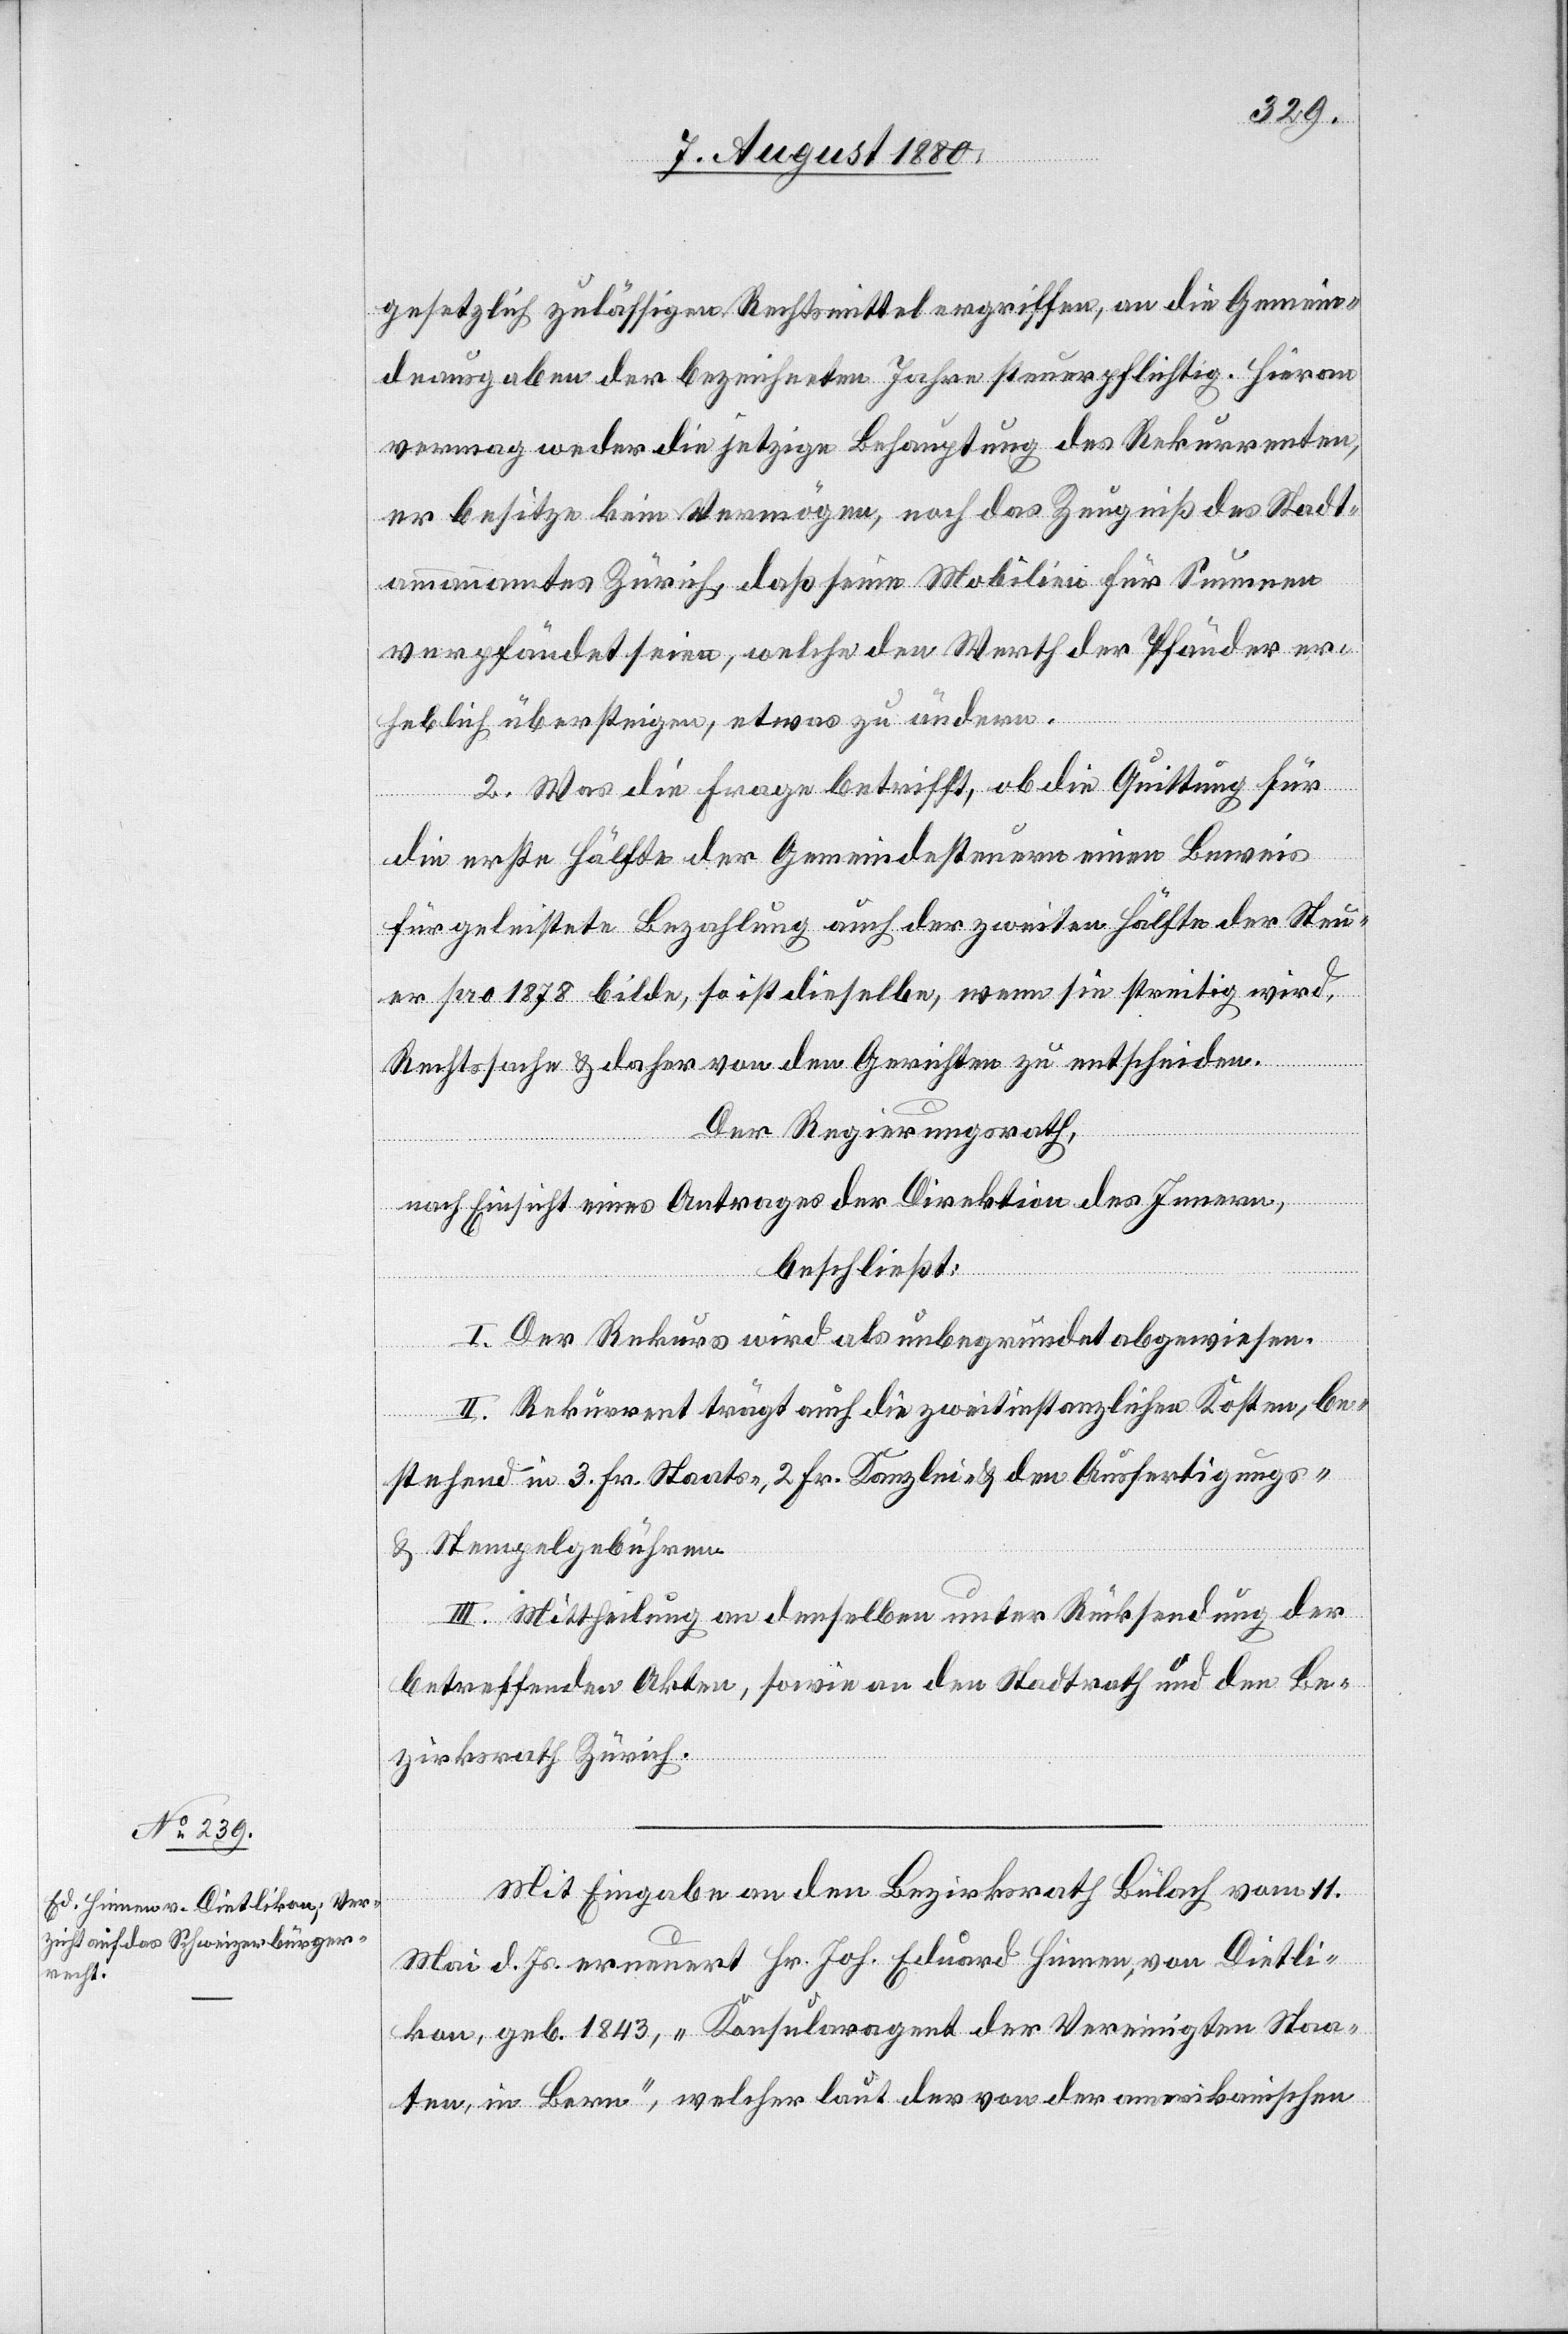
gesetzlich zulässigen Rechtsmittel ergriffen, an die Gemein¬
deausgaben der bezeichneten Jahre steuerpflichtig. Hieran
vermag weder die jetzige Behauptung des Rekurrenten,
er besitze kein Vermögen, noch das Zeugniß des Stadt¬
ammannamtes Zürich, daß seine Mobilien für Summen
verpfändet seien, welche den Werth der Pfänder er¬
heblich übersteigen, etwas zu ändern.
2. Was die Frage betrifft, ob die Quittung für
die erste Hälfte der Gemeindesteuern einen Beweis
für geleistete Bezahlung auch der zweiten Hälfte der Steu¬
er pro 1878 bilde, so ist dieselbe, wenn sie streitig wird,
Rechtsache & daher von den Gerichten zu entscheiden.
Der Regierungsrath,
nach Einsicht eines Antrages der Direktion des Innern,
beschließt:
I. Der Rekurs wird als unbegründet abgewiesen.
II. Rekurrent trägt auch die zweitinstanzlichen Kosten, be¬
stehen in 3 Fr. Staats-, 2 Fr. Kanzlei- & den Ausfertigungs-
& Stempelgebühren.
III. Mittheilung an denselben unter Rücksendung der
betreffenden Akten, sowie an den Stadtrath und den Be¬
zirksrath Zürich.
Mit Eingabe an den Bezirksrath Bülach vom 11.
Mai d. Js. erneuert Hr. Joh. Eduard Hinnen, von Dietli¬
kon, geb. 1843, „Konsularagent der Vereinigten Staa¬
ten, in Bern“, welcher laut der von der amerikanischen